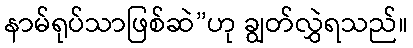
နာမ်ရုပ်သာဖြစ်ဆဲ”ဟု ချွတ်လွှဲရသည်။